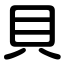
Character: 貝